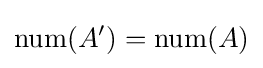
\mathrm {num} (A')=\mathrm {num} (A)